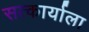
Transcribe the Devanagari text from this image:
सत्कार्याला